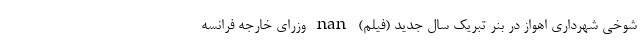
شوخی شهرداری اهواز در بنر تبریک سال جدید (فیلم) nan وزرای خارجه فرانسه